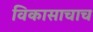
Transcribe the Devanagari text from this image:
विकासाचाच